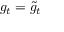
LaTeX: g _ { t } = { \widetilde { g } } _ { t }